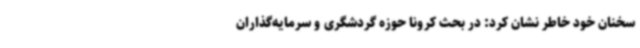
سخنان خود خاطر نشان کرد: در بحث کرونا حوزه گردشگری و سرمایه‌گذاران